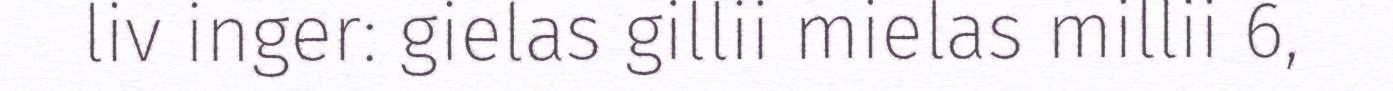
liv inger: gielas gillii mielas millii 6,